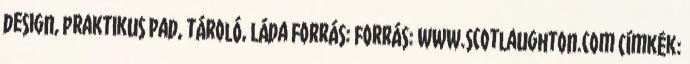
design, praktikus Pad, tároló, láda Forrás: forrás: www.scotlaughton.com Címkék: